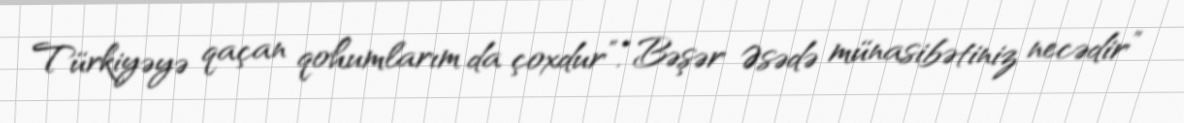
Türkiyəyə qaçan qohumlarım da çoxdur”.“Bəşər Əsədə münasibətiniz necədir”